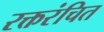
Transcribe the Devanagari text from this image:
रक्तरंचित